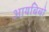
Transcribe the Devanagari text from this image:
आयबिबो